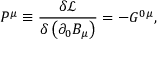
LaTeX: P ^ { \mu } \equiv \frac { \delta \mathcal { L } } { \delta \left( \partial _ { 0 } B _ { \mu } \right) } = - G ^ { 0 \mu } ,